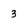
Character: 3